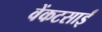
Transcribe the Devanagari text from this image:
वेंकटसाईं